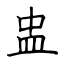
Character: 盅